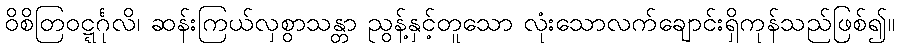
ဝိစိတြဝဋ္ဋင်္ဂုလိ၊ ဆန်းကြယ်လှစွာသန္တာ ညွန့်နှင့်တူသော လုံးသောလက်ချောင်းရှိကုန်သည်ဖြစ်၍။